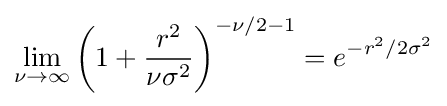
\lim _{\nu \rightarrow \infty }\left(1+{r^{2} \over {\nu \sigma ^{2}}}\right)^{-\nu /2-1}=e^{-r^{2}/2\sigma ^{2}}